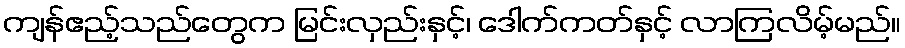
ကျန်ဧည့်သည်တွေက မြင်းလှည်းနှင့်၊ ဒေါက်ကတ်နှင့် လာကြလိမ့်မည်။